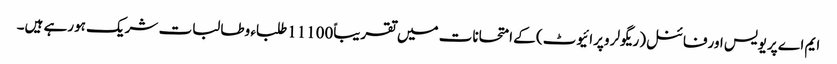
ایم اے پریویس اورفائنل(ریگولر وپرائیوٹ) کے امتحانات میں تقریباً11100طلباء وطالبات شریک ہورہے ہیں۔